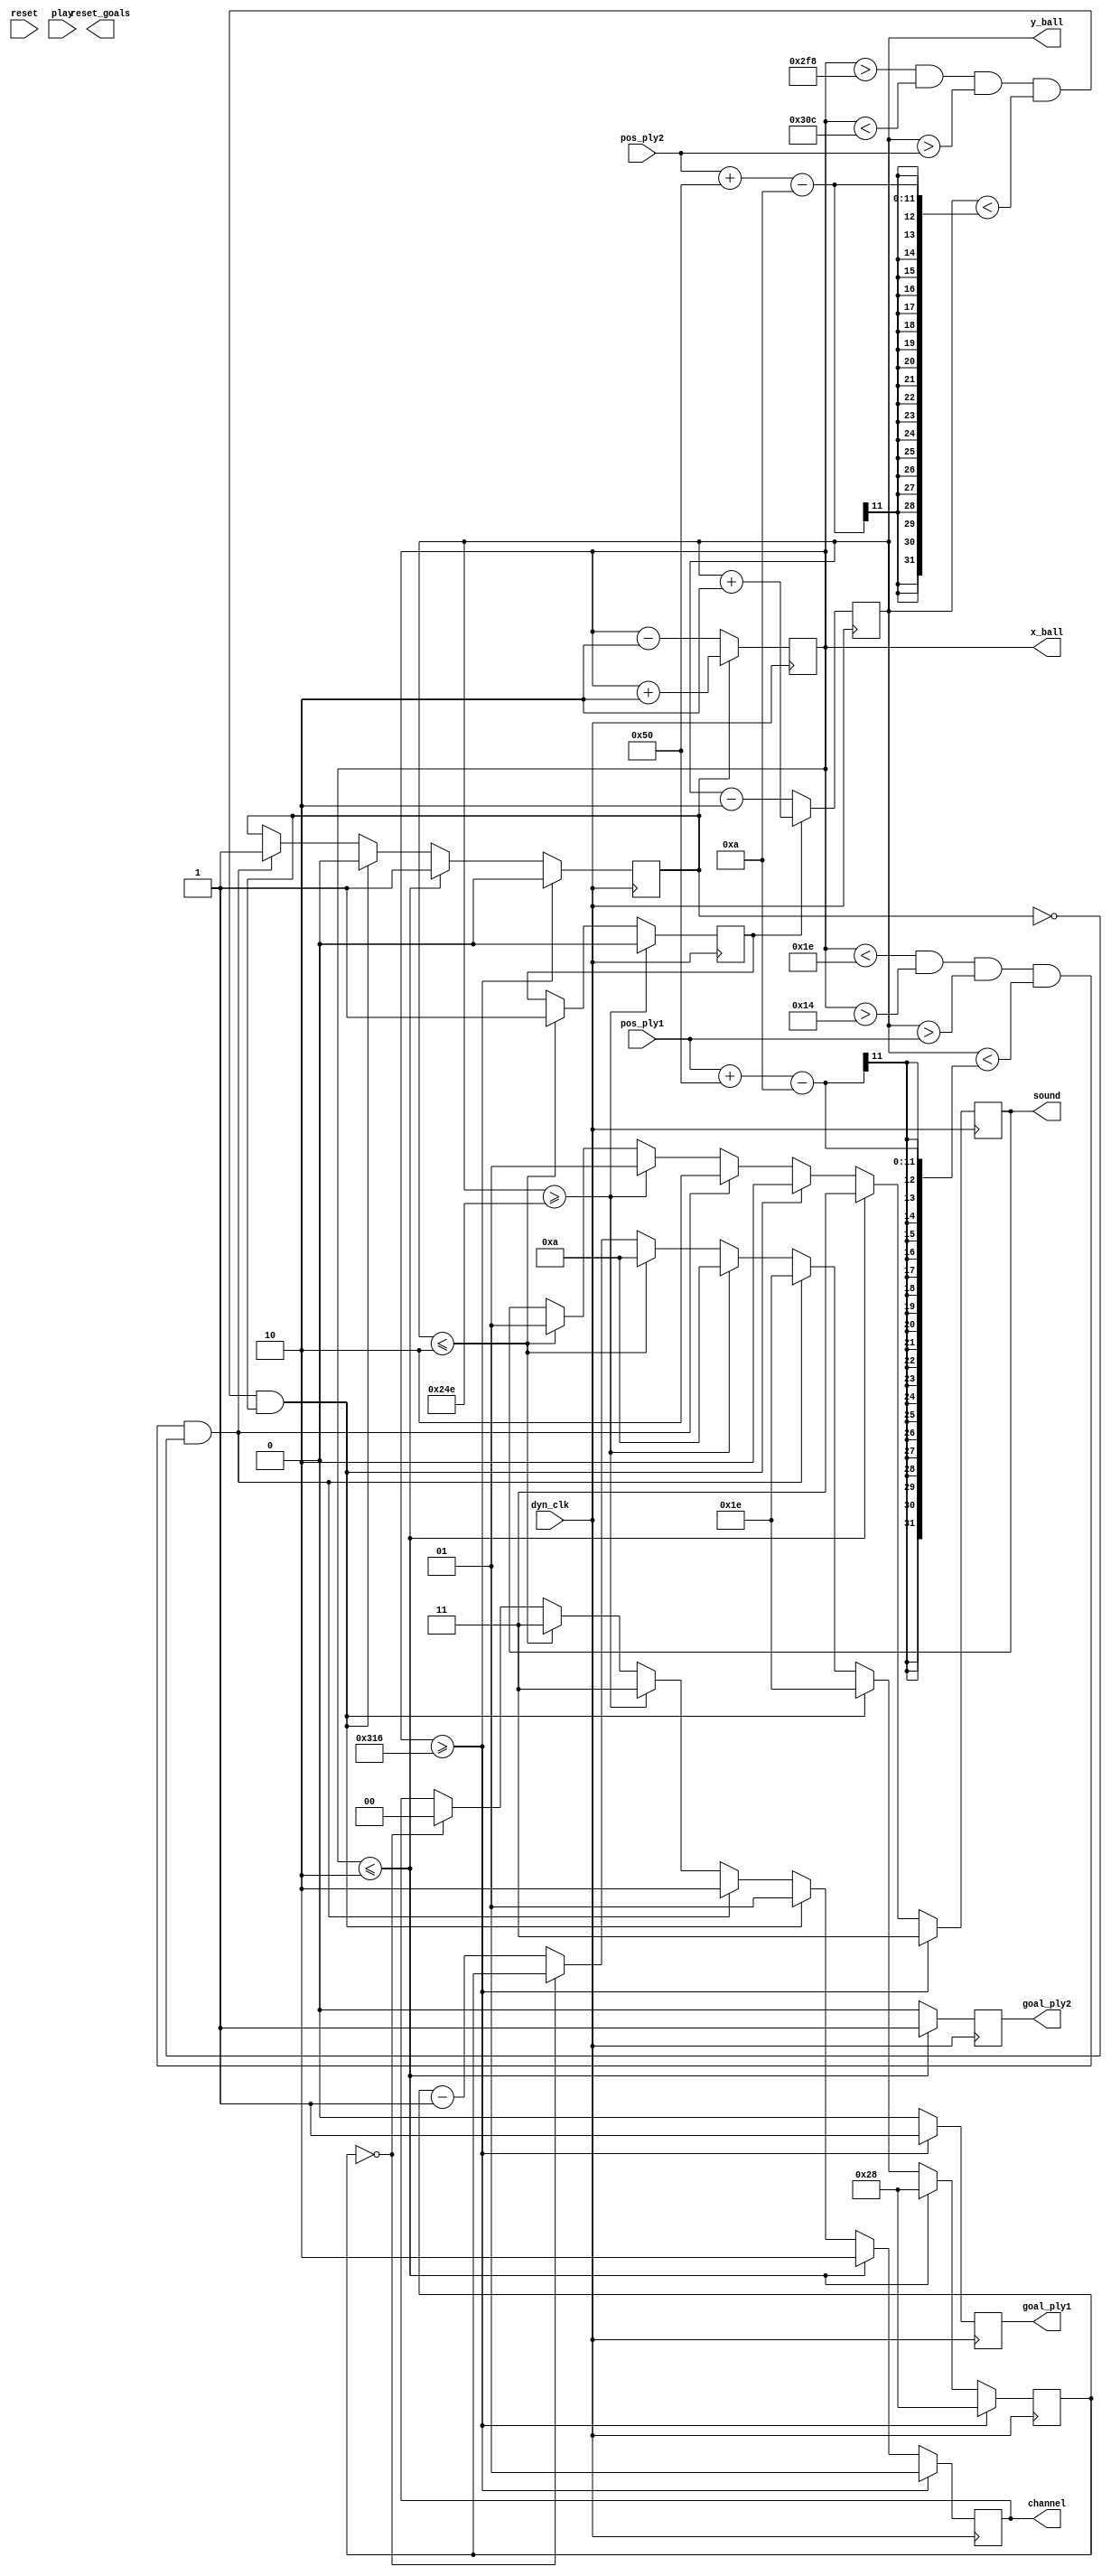
module dynamicGame (
    input wire        dyn_clk,            // Dynamic clock.
    input wire        reset,              // Reset the game.
    input wire        play,               // Play-Pause the game.
    input wire  [9:0] pos_ply1,           // Actual player 1 position.
    input wire  [9:0] pos_ply2,           // Actual player 2 position.
    output wire       reset_goals,        // Goals to zero.
    output wire       goal_ply1,          // Goal for player 1.
    output wire       goal_ply2,          // Goal for player 2.
    output wire [9:0] x_ball,             // X ball position.
    output wire [9:0] y_ball,             // Y ball position.
    output wire [1:0] channel,            // Channel of sound.
    output wire [1:0] sound               // Type of sound.
);

    // Screen parameters.
    localparam width_screen = 800;
    localparam height_screen = 600;
    localparam size_ball = 10;
    localparam size_player = 80;
    localparam size_corner = 20;
    localparam offset_players = 20;
    localparam width_players = 10;

    // Sound control.
    // Type sounds.
    localparam ping = 2'd1;
    localparam pong = 2'd2;
    localparam goal = 2'd3;

    // Channel of sounds.
    localparam none  = 2'd0;
    localparam right = 2'd1;
    localparam left  = 2'd2;
    localparam both  = 2'd3;

    // Registers of sound.
    reg [6:0] mseg = 0;           // Time of sound.
    reg [1:0] channel = none;     // Channel of sounds.
    reg [1:0] sound = ping;       // Type of sound.

    // Speed and direction.
    reg [2:0] speed_x = 2;
    reg [2:0] speed_y = 2;

    reg dx = 1'b1;
    reg dy = 1'b1;

    // Outputs.
    reg reset_goals_reg;          // Goals to zero.
    reg goal_ply1_reg;            // Goal for player 1.
    reg goal_ply2_reg;            // Goal for player 2.
    reg [9:0] x_pos = 10'd100;    // X ball position.
    reg [9:0] y_pos = 10'd100;    // Y ball position.

    // Outputs assign.
    assign x_ball = x_pos;
    assign y_ball = y_pos;
    assign reset_goals = reset_goals_reg; 
    assign goal_ply1 = goal_ply1_reg;
    assign goal_ply2 = goal_ply2_reg;

    // Task 1: Move the ball.
    always @(posedge dyn_clk)
    begin
        // Check reset.
        // if (reset)
        // begin
        //     x_pos <= width_screen/2;
        //     y_pos <= height_screen/2;
        //     dx <= 1'b1;
        //     dy <= 1'b1;
        // end

        // Check time sound.
        if (mseg == 0) begin
            channel <= none;
        end else
            mseg <= mseg - 1;

        // Check bouncing with top court.
        if (y_pos <= speed_y)
        begin
            dy <= 1'b1;
            y_pos <= speed_y;
            sound <= ping;
            channel <= both;
            mseg <= 7'd10;
        end

        // Check bouncing with bottom court.
        if (y_pos >= height_screen-size_ball)
        begin
            // Change direction in y.
            dy <= 1'b0;
            y_pos <= height_screen-size_ball;
            sound <= ping;
            channel <= both;
            mseg <= 7'd10;
        end

        // Check the vertical player left position.
        if  (
            (x_pos < offset_players + width_players) &&
            (x_pos > offset_players) &&
            (y_pos > pos_ply1) && 
            (y_pos < pos_ply1 + size_player - size_ball) &&
            (dx == 0)
            )
        begin
            dx <= 1'b1;
            sound <= pong;
            channel <= left;
            mseg <= 7'd30;
        end

        // Check the vertical player right position.
        if  (
            (x_pos > width_screen - offset_players - width_players - size_ball) &&
            (x_pos < width_screen - width_players - size_ball) &&
            (y_pos > pos_ply2) && 
            (y_pos < pos_ply2 + size_player - size_ball) &&
            (dx == 1)
            )
        begin
            dx <= 1'b0;
            sound <= pong;
            channel <= right;
            mseg <= 7'd30;
        end

        // Check goal left.
        if (x_pos <= speed_x)
        begin
            x_pos <= speed_x;
            goal_ply2_reg <= 1'b1;
            dx <= 1'b1;
            sound <= goal;
            channel <= left;
            mseg <= 7'd40;
        end
        else
            goal_ply2_reg <= 1'b0;

        // Check goal right.
        if (x_pos >= width_screen - size_ball)
        begin
            goal_ply1_reg <= 1'b1;
            x_pos <= width_screen - size_ball;
            dx <= 1'b0;
            sound <= goal;
            channel <= right;
            mseg <= 7'd40;
        end
        else
            goal_ply1_reg <= 1'b0;

        // Update x ball position.
        if (dx)
            x_pos <= x_pos + speed_x;
        else
            x_pos <= x_pos - speed_x; 

        // Update y ball position.
        if (dy)
            y_pos <= y_pos + speed_y;
        else
            y_pos <= y_pos - speed_y; 
    end

endmodule